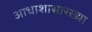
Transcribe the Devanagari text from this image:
आधाशासारख्या